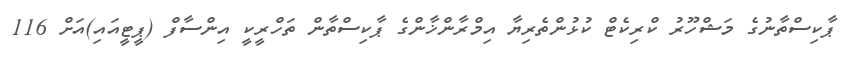
ޕާކިސްތާނުގެ މަޝްހޫރު ކްރިކެޓް ކުޅުންތެރިޔާ އިމްރާންޚާންގެ ޕާކިސްތާން ތަހްރީކީ އިންސާފް (ޕީޓީއައި)އަށް 116